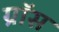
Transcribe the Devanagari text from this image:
ग्राॅस